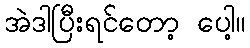
အဲဒါပြီးရင်တော့ ပေါ့။